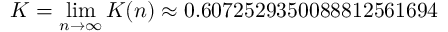
K = \operatorname* { l i m } _ { n \to \infty } K ( n ) \approx 0 . 6 0 7 2 5 2 9 3 5 0 0 8 8 8 1 2 5 6 1 6 9 4